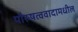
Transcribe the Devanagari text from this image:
पौरुषत्ववादामधील